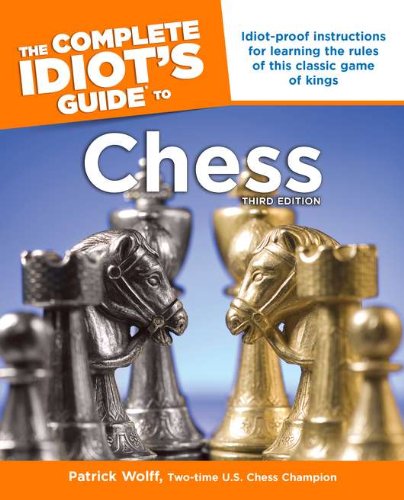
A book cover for The Complete Idiot's Guide to Chess, Third Edition; Patrick Wolff; Humor & Entertainment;